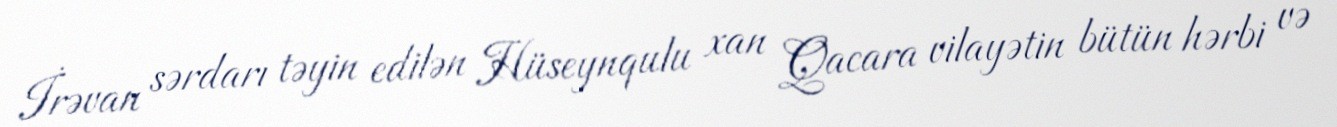
İrəvan sərdarı təyin edilən Hüseynqulu xan Qacara vilayətin bütün hərbi və